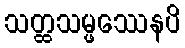
သတ္ထသမ္ဖဿေနပိ